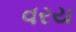
વરય